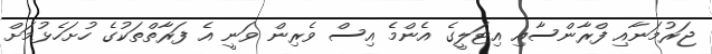
ޖަރުމަނާއި ފްރާންސާއި އިޓަލީގެ އެންމެ އިސް ވެރިން ވަނީ އެ ފަރާތްތަކުގެ ހުށަހެޅުމަށް